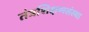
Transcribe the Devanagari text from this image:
तंत्रशिक्षणसंस्था